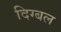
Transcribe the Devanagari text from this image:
दिग्बल